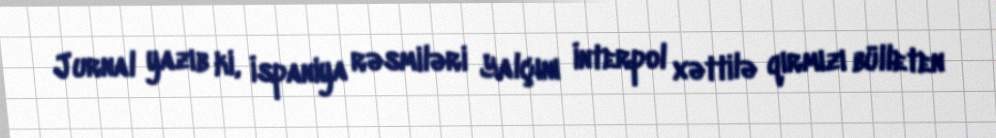
Jurnal yazıb ki, İspaniya rəsmiləri Yalçını İnterpol xəttilə qırmızı bülleten